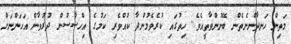
މަތިން ހަނދާންނެތެން ބޭނުންވާތީއެވެ. ހިތުގައި ކުރެވެމުންދާ ކުއްވެރި ކަމުގެ އިހްސާސުން ދުރުވާން އަހަންނަށް